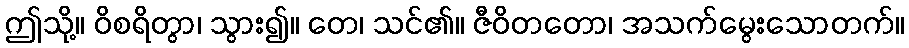
ဤသို့။ ဝိစရိတွာ၊ သွား၍။ တေ၊ သင်၏။ ဇီဝိတတော၊ အသက်မွေးသောတက်။